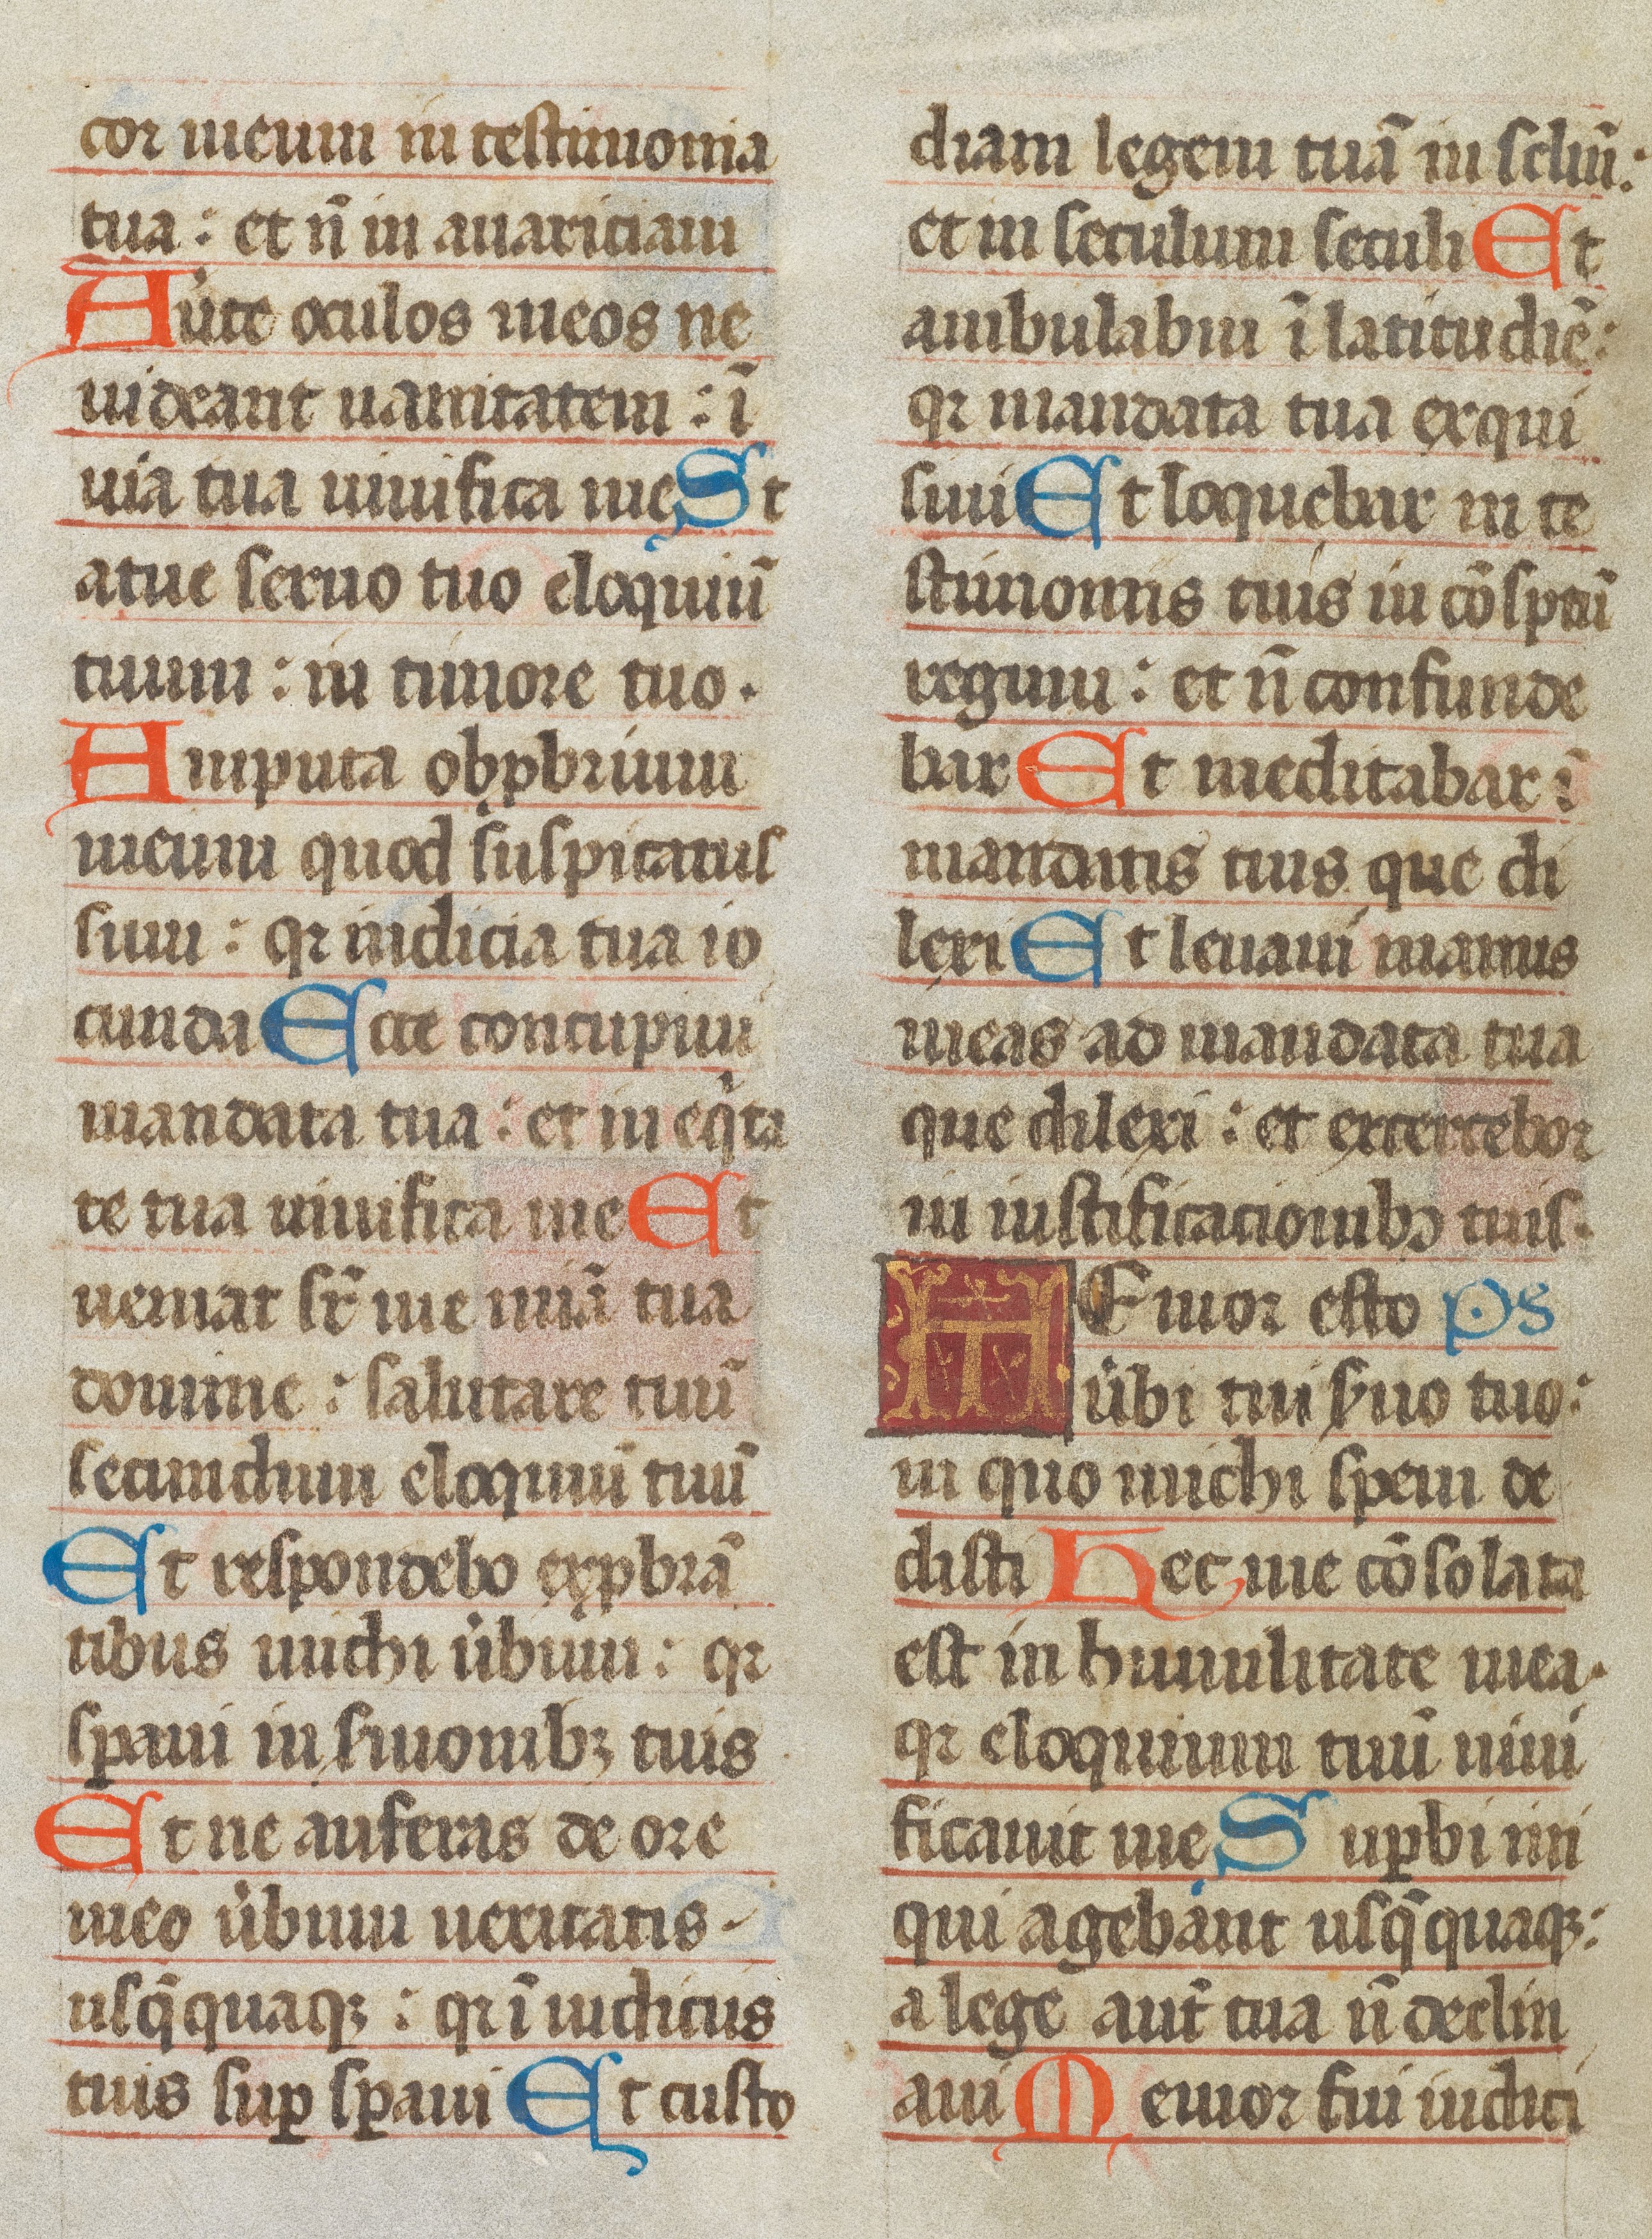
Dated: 1493–1493